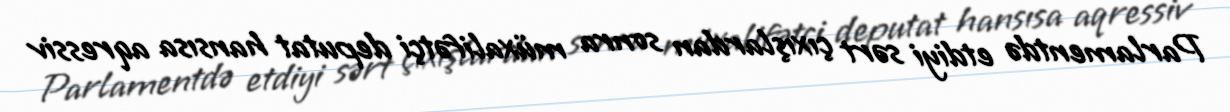
Parlamentdə etdiyi sərt çıxışlardan sonra müxalifətçi deputat hansısa aqressiv